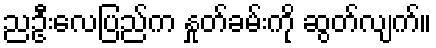
ညဦးလေပြည်က နှုတ်ခမ်းကို ဆွတ်လျက်။